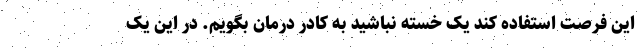
این فرصت استفاده کند یک خسته نباشید به کادر درمان بگویم. در این یک